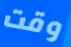
وقت